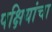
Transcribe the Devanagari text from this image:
पक्षियांचा